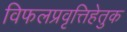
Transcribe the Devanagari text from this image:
विफलप्रवृत्तिहेतुक